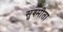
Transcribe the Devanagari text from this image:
सुश्मीता